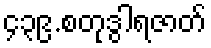
၄၃၉.စတုဒွါရဇာတ်